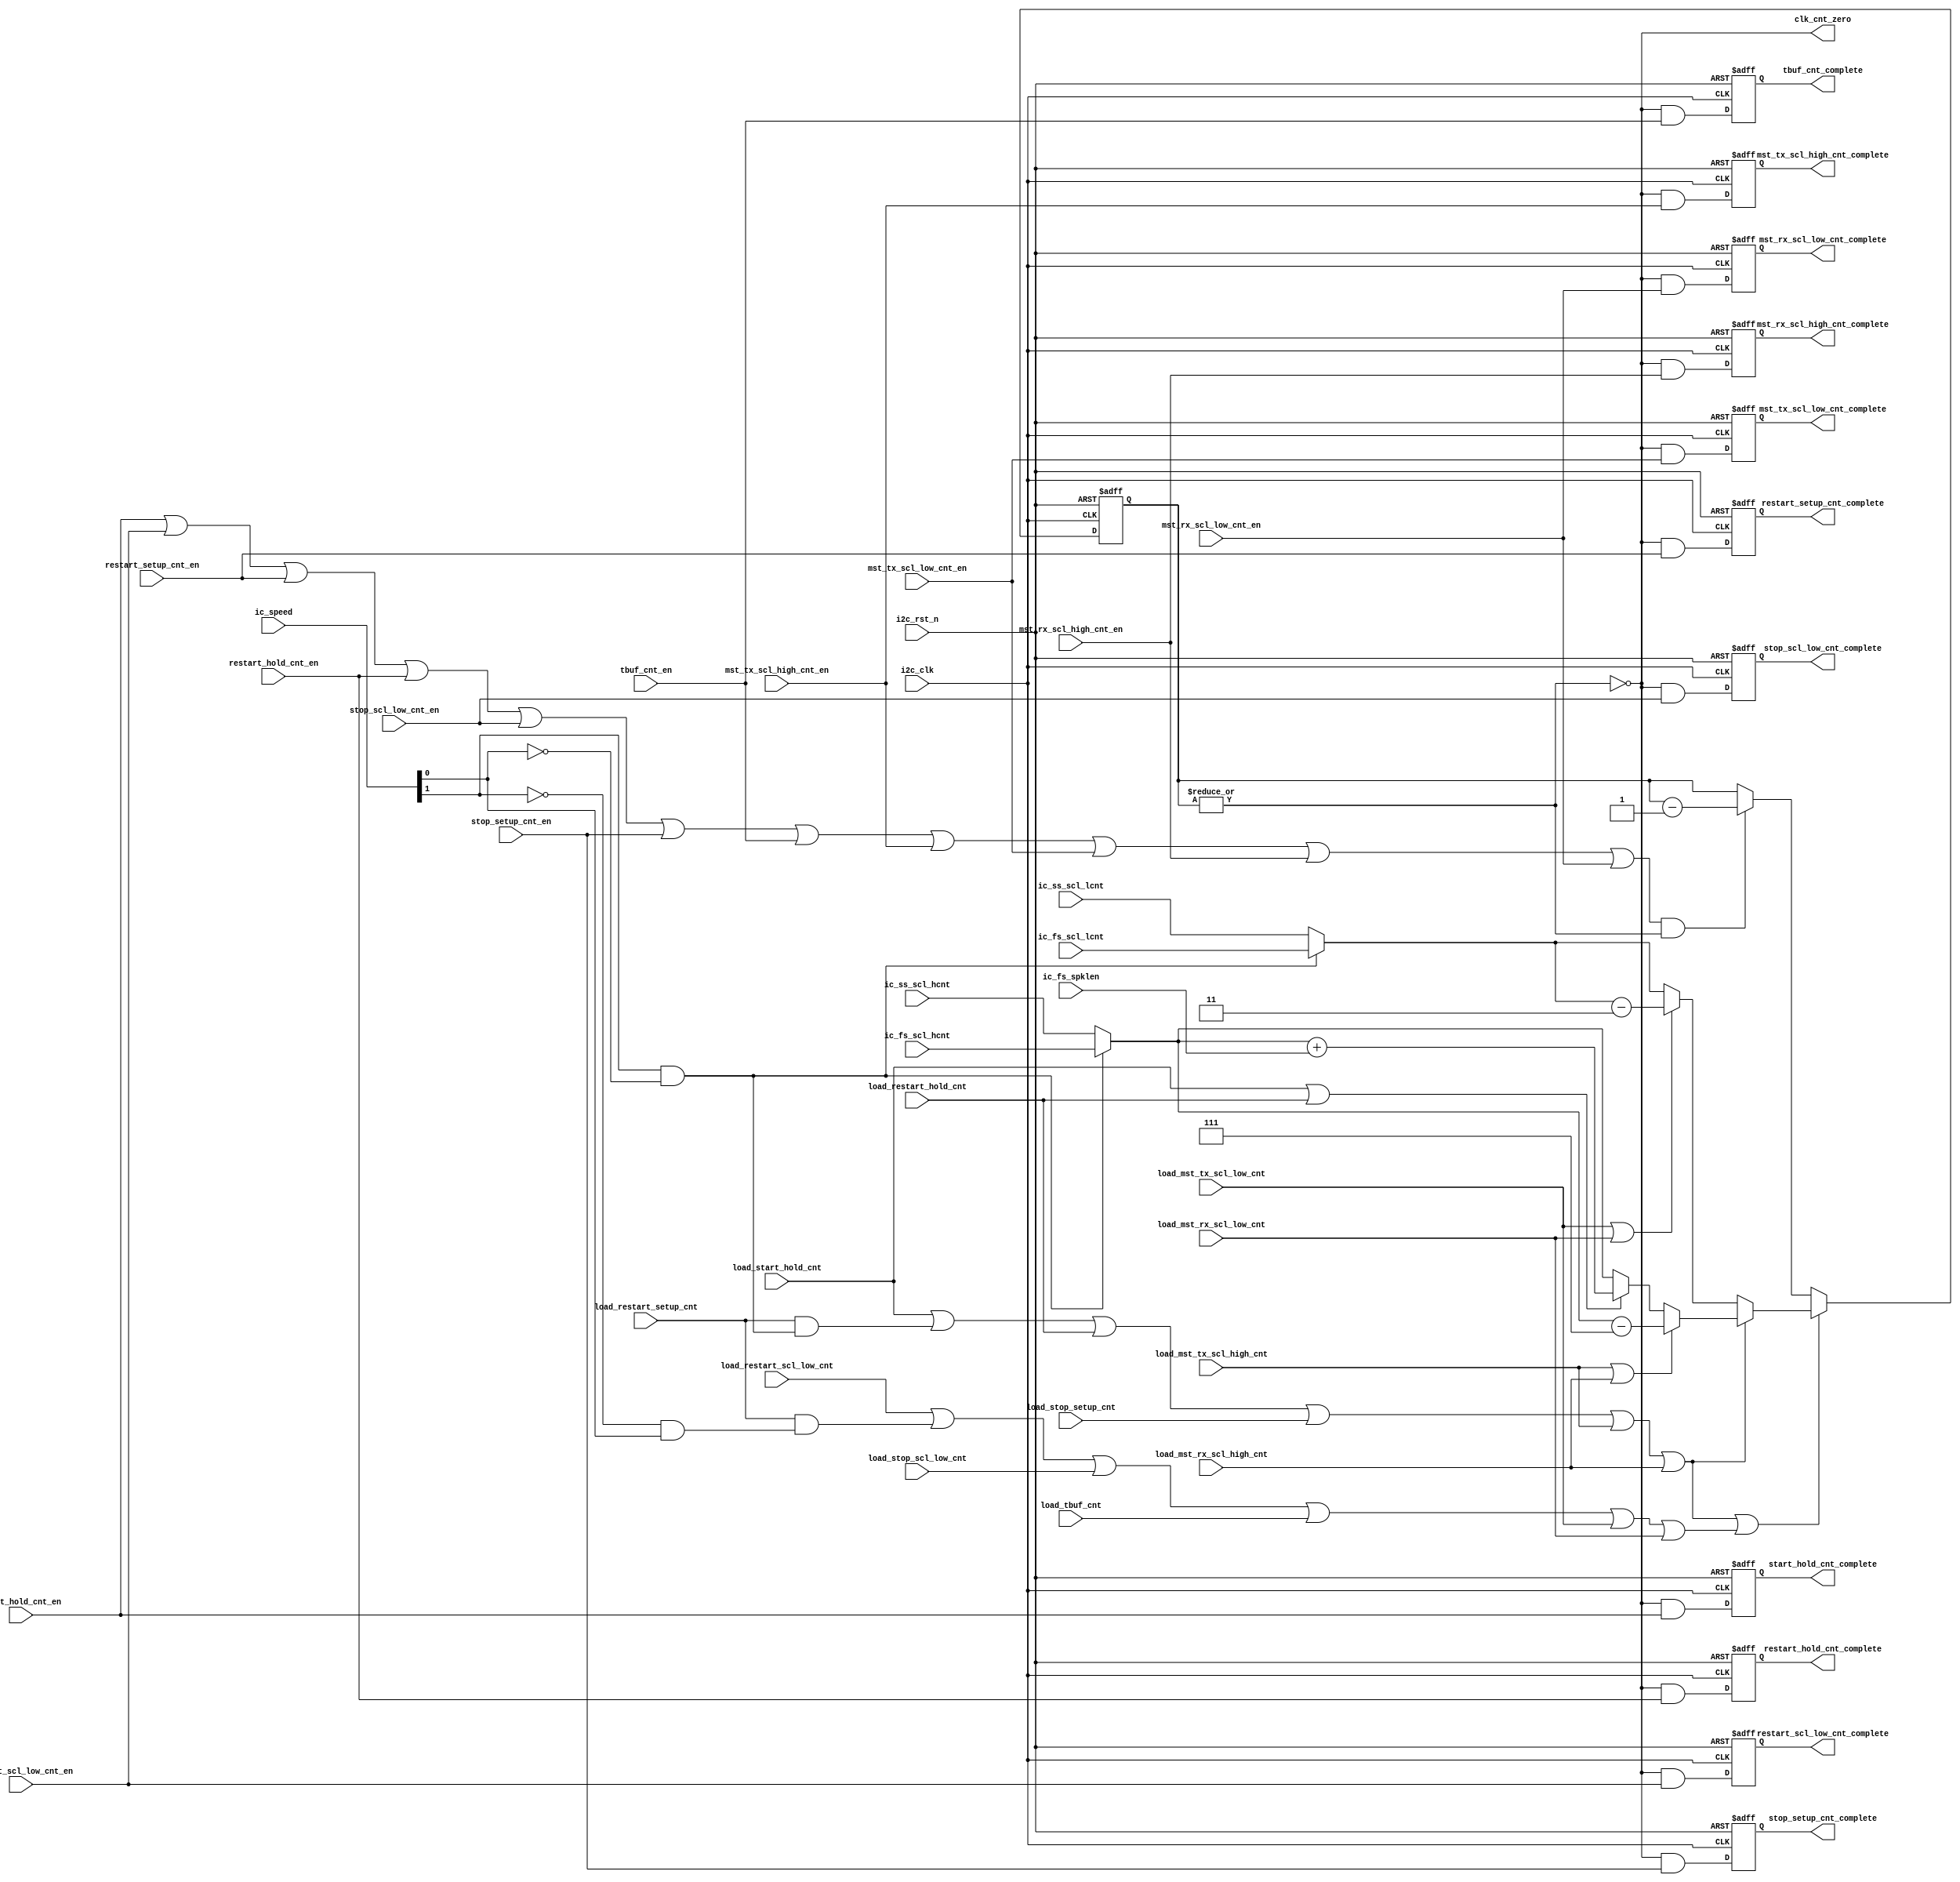
// (C) 2001-2016 Intel Corporation. All rights reserved.
// Your use of Intel Corporation's design tools, logic functions and other 
// software and tools, and its AMPP partner logic functions, and any output 
// files any of the foregoing (including device programming or simulation 
// files), and any associated documentation or information are expressly subject 
// to the terms and conditions of the Intel Program License Subscription 
// Agreement, Intel MegaCore Function License Agreement, or other applicable 
// license agreement, including, without limitation, that your use is for the 
// sole purpose of programming logic devices manufactured by Intel and sold by 
// Intel or its authorized distributors.  Please refer to the applicable 
// agreement for further details.



`timescale 1 ps / 1 ps
module altr_i2c_clk_cnt (
    input           i2c_clk,
    input           i2c_rst_n,
    input           load_restart_scl_low_cnt,
    input           load_restart_setup_cnt,
    input           load_restart_hold_cnt,
    input           load_start_hold_cnt,
    input           load_stop_scl_low_cnt,
    input           load_stop_setup_cnt,
    input           load_tbuf_cnt,
    input           load_mst_tx_scl_high_cnt,
    input           load_mst_tx_scl_low_cnt,
    input           load_mst_rx_scl_high_cnt,
    input           load_mst_rx_scl_low_cnt,
    input           start_hold_cnt_en,
    input           restart_scl_low_cnt_en,
    input           restart_setup_cnt_en,
    input           restart_hold_cnt_en,
    input           stop_scl_low_cnt_en,
    input           stop_setup_cnt_en,
    input           tbuf_cnt_en,
    input           mst_tx_scl_high_cnt_en,
    input           mst_tx_scl_low_cnt_en,
    input           mst_rx_scl_high_cnt_en,
    input           mst_rx_scl_low_cnt_en,
    input [1:0]     ic_speed,
    input [15:0]    ic_ss_scl_hcnt,
    input [15:0]    ic_ss_scl_lcnt,
    input [15:0]    ic_fs_scl_hcnt,
    input [15:0]    ic_fs_scl_lcnt,
    input [7:0]     ic_fs_spklen,

    output reg      start_hold_cnt_complete,
    output reg      restart_scl_low_cnt_complete,
    output reg      restart_setup_cnt_complete,
    output reg      restart_hold_cnt_complete,
    output reg      stop_scl_low_cnt_complete,
    output reg      stop_setup_cnt_complete,
    output reg      tbuf_cnt_complete,
    output reg      mst_tx_scl_high_cnt_complete,
    output reg      mst_tx_scl_low_cnt_complete,
    output reg      mst_rx_scl_high_cnt_complete,
    output reg      mst_rx_scl_low_cnt_complete,
    output          clk_cnt_zero

);

reg [15:0]  clk_cnt;
reg [15:0]  clk_cnt_nxt;

wire        start_hold_cnt_complete_nxt;
wire        restart_scl_low_cnt_complete_nxt;
wire        restart_setup_cnt_complete_nxt;
wire        restart_hold_cnt_complete_nxt;
wire        stop_scl_low_cnt_complete_nxt;
wire        stop_setup_cnt_complete_nxt;
wire        tbuf_cnt_complete_nxt;
wire        mst_tx_scl_high_cnt_complete_nxt;
wire        mst_tx_scl_low_cnt_complete_nxt;
wire        mst_rx_scl_high_cnt_complete_nxt;
wire        mst_rx_scl_low_cnt_complete_nxt;
wire        load_cnt;
wire        load_high;
wire        load_low;
wire        ss_mode;
wire        fs_mode;
wire [15:0] scl_hcnt;
wire [15:0] scl_lcnt;
wire [15:0] scl_hcnt_int;
wire [15:0] scl_lcnt_int;
wire [15:0] load_cnt_val;
wire        cnt_en;
wire        decr_cnt;
wire [15:0] fs_spklen;
wire        clk_cnt_notzero;

assign fs_spklen    = {8'h0, ic_fs_spklen};
assign load_cnt     = load_high | load_low;

assign load_high    = load_start_hold_cnt                   |
                      (load_restart_setup_cnt & fs_mode)    |
                      load_restart_hold_cnt                 |
                      load_stop_setup_cnt                   |
                      load_mst_tx_scl_high_cnt              |
                      load_mst_rx_scl_high_cnt;

assign load_low     = load_restart_scl_low_cnt              |
                      (load_restart_setup_cnt & ss_mode)    |
                      load_stop_scl_low_cnt                 |
                      load_tbuf_cnt                         |
                      load_mst_tx_scl_low_cnt               |
                      load_mst_rx_scl_low_cnt;

assign ss_mode      = ~ic_speed[1] & ic_speed[0];
assign fs_mode      = ic_speed[1] & ~ic_speed[0];
assign scl_hcnt     = fs_mode ? ic_fs_scl_hcnt : ic_ss_scl_hcnt;  
assign scl_lcnt     = fs_mode ? ic_fs_scl_lcnt : ic_ss_scl_lcnt;
assign load_cnt_val = load_high ? scl_hcnt_int : scl_lcnt_int;

assign scl_hcnt_int = 
    (load_mst_tx_scl_high_cnt | load_mst_rx_scl_high_cnt) ? (scl_hcnt - 16'h7) :
    (load_start_hold_cnt | load_restart_hold_cnt) ? (scl_hcnt + fs_spklen) :
        scl_hcnt;
                            
assign scl_lcnt_int = 
    (load_mst_tx_scl_low_cnt | load_mst_rx_scl_low_cnt) ?
        (scl_lcnt - 16'h3) :
        scl_lcnt;

assign cnt_en       =   start_hold_cnt_en       |
                        restart_scl_low_cnt_en  |
                        restart_setup_cnt_en    |
                        restart_hold_cnt_en     |
                        stop_scl_low_cnt_en     |
                        stop_setup_cnt_en       |
                        tbuf_cnt_en             |
                        mst_tx_scl_high_cnt_en  |
                        mst_tx_scl_low_cnt_en   |
                        mst_rx_scl_high_cnt_en  |
                        mst_rx_scl_low_cnt_en;

assign decr_cnt         = cnt_en & clk_cnt_notzero;
assign clk_cnt_notzero  = | clk_cnt;

//assign decr_cnt     = cnt_en & (clk_cnt != 16'h0);

always @(posedge i2c_clk or negedge i2c_rst_n) begin
    if (!i2c_rst_n)
        clk_cnt <= 16'hffff;
    else
        clk_cnt <= clk_cnt_nxt;
end

always @* begin
    if (load_cnt)
        clk_cnt_nxt = load_cnt_val;
    else if (decr_cnt)
        clk_cnt_nxt = clk_cnt - 16'h1;
    else
        clk_cnt_nxt = clk_cnt;
end


always @(posedge i2c_clk or negedge i2c_rst_n) begin
    if (!i2c_rst_n) begin
        start_hold_cnt_complete         <= 1'b0;
        restart_scl_low_cnt_complete    <= 1'b0;
        restart_setup_cnt_complete      <= 1'b0;
        restart_hold_cnt_complete       <= 1'b0;
        stop_scl_low_cnt_complete       <= 1'b0;
        stop_setup_cnt_complete         <= 1'b0;
        tbuf_cnt_complete               <= 1'b0;
        mst_tx_scl_high_cnt_complete    <= 1'b0;
        mst_tx_scl_low_cnt_complete     <= 1'b0;
        mst_rx_scl_high_cnt_complete    <= 1'b0;
        mst_rx_scl_low_cnt_complete     <= 1'b0;
    end
    else begin
        start_hold_cnt_complete         <= start_hold_cnt_complete_nxt;
        restart_scl_low_cnt_complete    <= restart_scl_low_cnt_complete_nxt;
        restart_setup_cnt_complete      <= restart_setup_cnt_complete_nxt;
        restart_hold_cnt_complete       <= restart_hold_cnt_complete_nxt;
        stop_scl_low_cnt_complete       <= stop_scl_low_cnt_complete_nxt;
        stop_setup_cnt_complete         <= stop_setup_cnt_complete_nxt;
        tbuf_cnt_complete               <= tbuf_cnt_complete_nxt;
        mst_tx_scl_high_cnt_complete    <= mst_tx_scl_high_cnt_complete_nxt;
        mst_tx_scl_low_cnt_complete     <= mst_tx_scl_low_cnt_complete_nxt;
        mst_rx_scl_high_cnt_complete    <= mst_rx_scl_high_cnt_complete_nxt;
        mst_rx_scl_low_cnt_complete     <= mst_rx_scl_low_cnt_complete_nxt;
    end
end

assign start_hold_cnt_complete_nxt      = ~clk_cnt_notzero & start_hold_cnt_en;
assign restart_scl_low_cnt_complete_nxt = ~clk_cnt_notzero & restart_scl_low_cnt_en;
assign restart_setup_cnt_complete_nxt   = ~clk_cnt_notzero & restart_setup_cnt_en;
assign restart_hold_cnt_complete_nxt    = ~clk_cnt_notzero & restart_hold_cnt_en;
assign stop_scl_low_cnt_complete_nxt    = ~clk_cnt_notzero & stop_scl_low_cnt_en;
assign stop_setup_cnt_complete_nxt      = ~clk_cnt_notzero & stop_setup_cnt_en;
assign tbuf_cnt_complete_nxt            = ~clk_cnt_notzero & tbuf_cnt_en;
assign mst_tx_scl_high_cnt_complete_nxt = ~clk_cnt_notzero & mst_tx_scl_high_cnt_en;
assign mst_tx_scl_low_cnt_complete_nxt  = ~clk_cnt_notzero & mst_tx_scl_low_cnt_en;
assign mst_rx_scl_high_cnt_complete_nxt = ~clk_cnt_notzero & mst_rx_scl_high_cnt_en;
assign mst_rx_scl_low_cnt_complete_nxt  = ~clk_cnt_notzero & mst_rx_scl_low_cnt_en;

assign clk_cnt_zero = ~clk_cnt_notzero;

endmodule